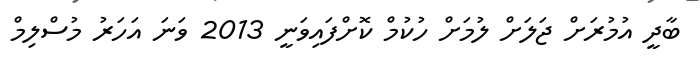
ބާދީ އުމުރަށް ޖަލަށް ލުމަށް ހުކުމް ކޮށްފައިވަނީ 2013 ވަނަ އަހަރު މުސްލިމް